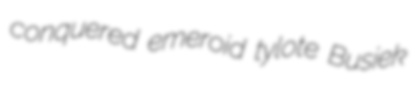
conquered emeroid tylote Busiek